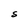
Character: S